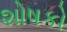
શોષકો